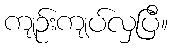
ကျဉ်းကျပ်လှပြီ။